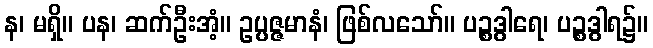
န၊ မရှိ။ ပန၊ ဆက်ဦးအံ့။ ဥပ္ပဇ္ဇမာနံ၊ ဖြစ်လသော်။ ပဉ္စဒွါရေ၊ ပဉ္စဒွါရ၌။